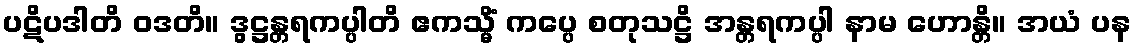
ပဋိပဒါတိ ဝဒတိ။ ဒွဋ္ဌန္တရကပ္ပါတိ ဧကသ္မိံ ကပ္ပေ စတုသဋ္ဌိ အန္တရကပ္ပါ နာမ ဟောန္တိ။ အယံ ပန